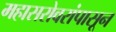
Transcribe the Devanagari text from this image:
महासरोवरांपासून